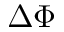
\Delta \Phi